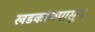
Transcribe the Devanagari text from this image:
खडकाळपासून